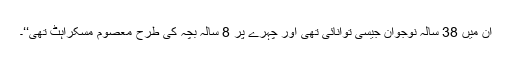
ان میں 38 سالہ نوجوان جیسی توانائی تھی اور چہرے پر 8 سالہ بچہ کی طرح معصوم مسکراہٹ تھی‘‘۔